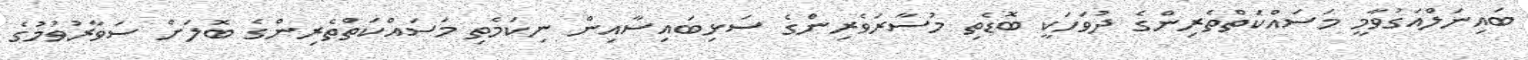
ބައިނަލްއަގުވާމީ މަސައްކަތްތެރިންގެ ދުވަހަކީ ބޮޑެތި މުސާރަވެރިންގެ ސަޅިބައިސާއިން ނިކަމެތި މަސައްކަތްތެރިންގެ ބޮލަށް ސަވާރުވުމުގެ